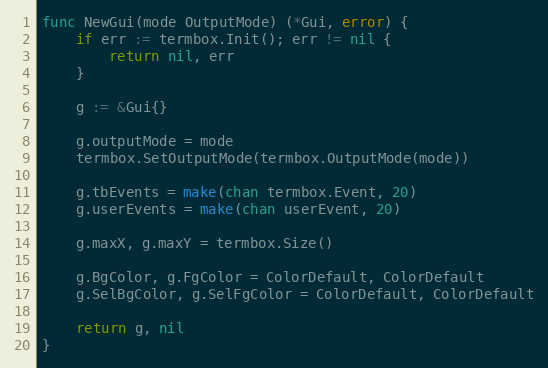
Language: Go
func NewGui(mode OutputMode) (*Gui, error) {
	if err := termbox.Init(); err != nil {
		return nil, err
	}

	g := &Gui{}

	g.outputMode = mode
	termbox.SetOutputMode(termbox.OutputMode(mode))

	g.tbEvents = make(chan termbox.Event, 20)
	g.userEvents = make(chan userEvent, 20)

	g.maxX, g.maxY = termbox.Size()

	g.BgColor, g.FgColor = ColorDefault, ColorDefault
	g.SelBgColor, g.SelFgColor = ColorDefault, ColorDefault

	return g, nil
}